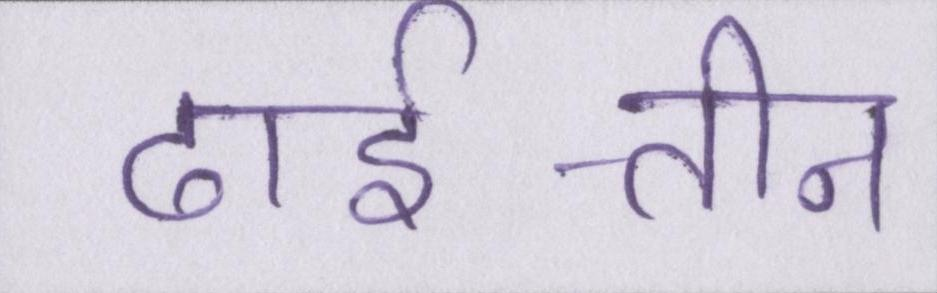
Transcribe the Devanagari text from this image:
ढाई-तीन